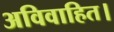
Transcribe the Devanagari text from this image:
अविवाहित।